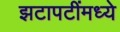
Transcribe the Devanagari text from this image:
झटापटींमध्ये